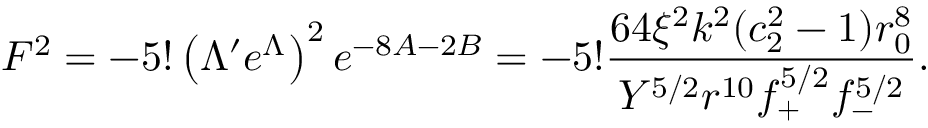
F ^ { 2 } = - 5 ! \left( \Lambda ^ { \prime } e ^ { \Lambda } \right) ^ { 2 } e ^ { - 8 A - 2 B } = - 5 ! \frac { 6 4 \xi ^ { 2 } k ^ { 2 } ( c _ { 2 } ^ { 2 } - 1 ) r _ { 0 } ^ { 8 } } { Y ^ { 5 / 2 } r ^ { 1 0 } f _ { + } ^ { 5 / 2 } f _ { - } ^ { 5 / 2 } } .